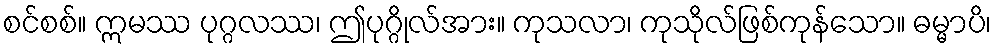
စင်စစ်။ ဣမဿ ပုဂ္ဂလဿ၊ ဤပုဂ္ဂိုလ်အား။ ကုသလာ၊ ကုသိုလ်ဖြစ်ကုန်သော။ ဓမ္မာပိ၊